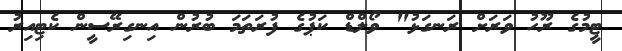
ޓީމުގެ ރޫހު ވަރަށް ރަނގަޅު" ވޯލްޑް ކަޕުގެ ފުރަތަމަ ބުރުން އިނގިރޭސީން ކެޓިއިރު